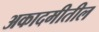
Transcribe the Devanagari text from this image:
अकादमीतील